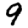
Digit: 9